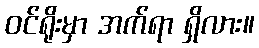
ဝင်ရိုးမှာ အက်ရာ ရှိလား။